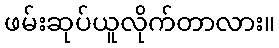
ဖမ်းဆုပ်ယူလိုက်တာလား။